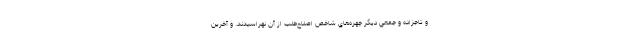
و تاجزاده و جمعي ديگر چهره‌هاي شاخص اصلاح‌طلب از آن نهراسيدند. و آخرين